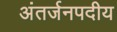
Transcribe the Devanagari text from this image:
अंतर्जनपदीय